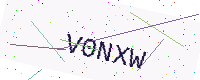
Text: V0NXW